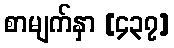
စာမျက်နှာ [၄၃၇]